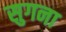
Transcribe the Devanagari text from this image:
सुगना